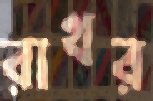
রাখর